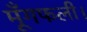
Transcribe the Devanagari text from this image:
मूँगफली।